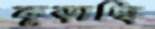
কুড়াচ্ছি